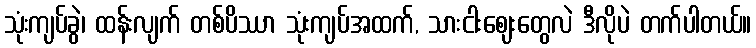
သုံးကျပ်ခွဲ၊ ထန်းလျက် တစ်ပိဿာ သုံးကျပ်အထက်, သားငါးဈေးတွေလဲ ဒီလိုပဲ တက်ပါတယ်။